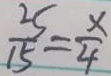
\frac { 2 5 } { 1 5 } = \frac { x } { 4 }